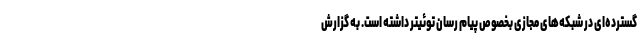
گسترده‌ای در شبکه‌های مجازی بخصوص پیام رسان توئیتر داشته است. به گزارش